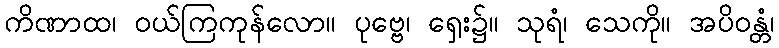
ကိဏာထ၊ ဝယ်ကြကုန်လော။ ပုဗ္ဗေ၊ ရှေး၌။ သုရံ၊ သေကို။ အပိဝန္တံ၊